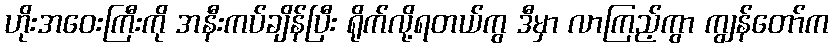
ဟိုးအဝေးကြီးကို အနီးကပ်ချိန်ပြီး ရိုက်လို့ရတယ်ကွ ဒီမှာ လာကြည့်ကွာ ကျွန်တော်က